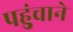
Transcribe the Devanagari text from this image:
पहुुंचाने